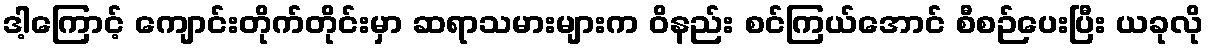
ဒါ့ကြောင့် ကျောင်းတိုက်တိုင်းမှာ ဆရာသမားများက ဝိနည်း စင်ကြယ်အောင် စီစဉ်ပေးပြီး ယခုလို